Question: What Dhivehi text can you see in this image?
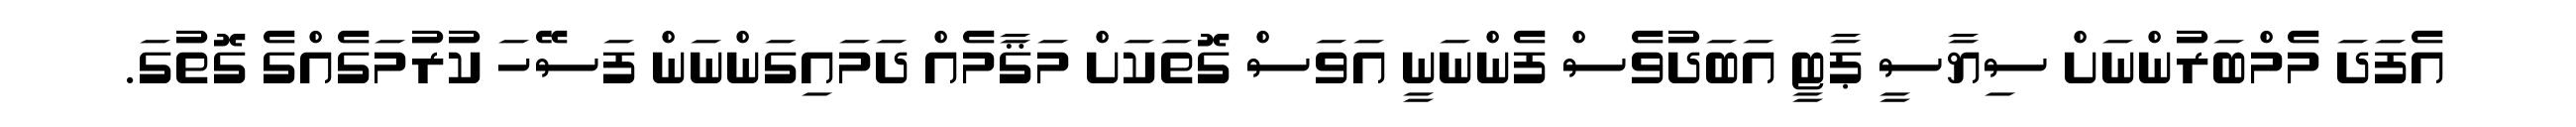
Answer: އެފަދަ މެމްބަރުންނަށް ސިޔާސީ ޕާޓީ އަބަދުވެސް ފެންނަނީ އަވަސް ގޮތަކަށް މަޤާމެއް ދަމައިގަންނަން ފަސޭހަ ކުރުމަގެއްގެ ގޮތުގަ.